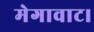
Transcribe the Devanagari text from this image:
मेगावाट।